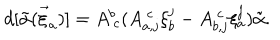
d [ { \tilde { \alpha } } ( \vec { \xi } _ { a } ) ] = A _ { ~ c } ^ { b } ( A _ { a , j } ^ { ~ c } \xi _ { b } ^ { j } - A _ { b , j } ^ { ~ c } \xi _ { a } ^ { j } ) { \tilde { \alpha } } .